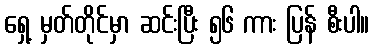
ရှေ့ မှတ်တိုင်မှာ ဆင်းပြီး ၅၆ ကား ပြန် စီးပါ။